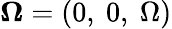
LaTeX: {\boldsymbol{\Omega}}=(0,\ 0,\ \Omega)